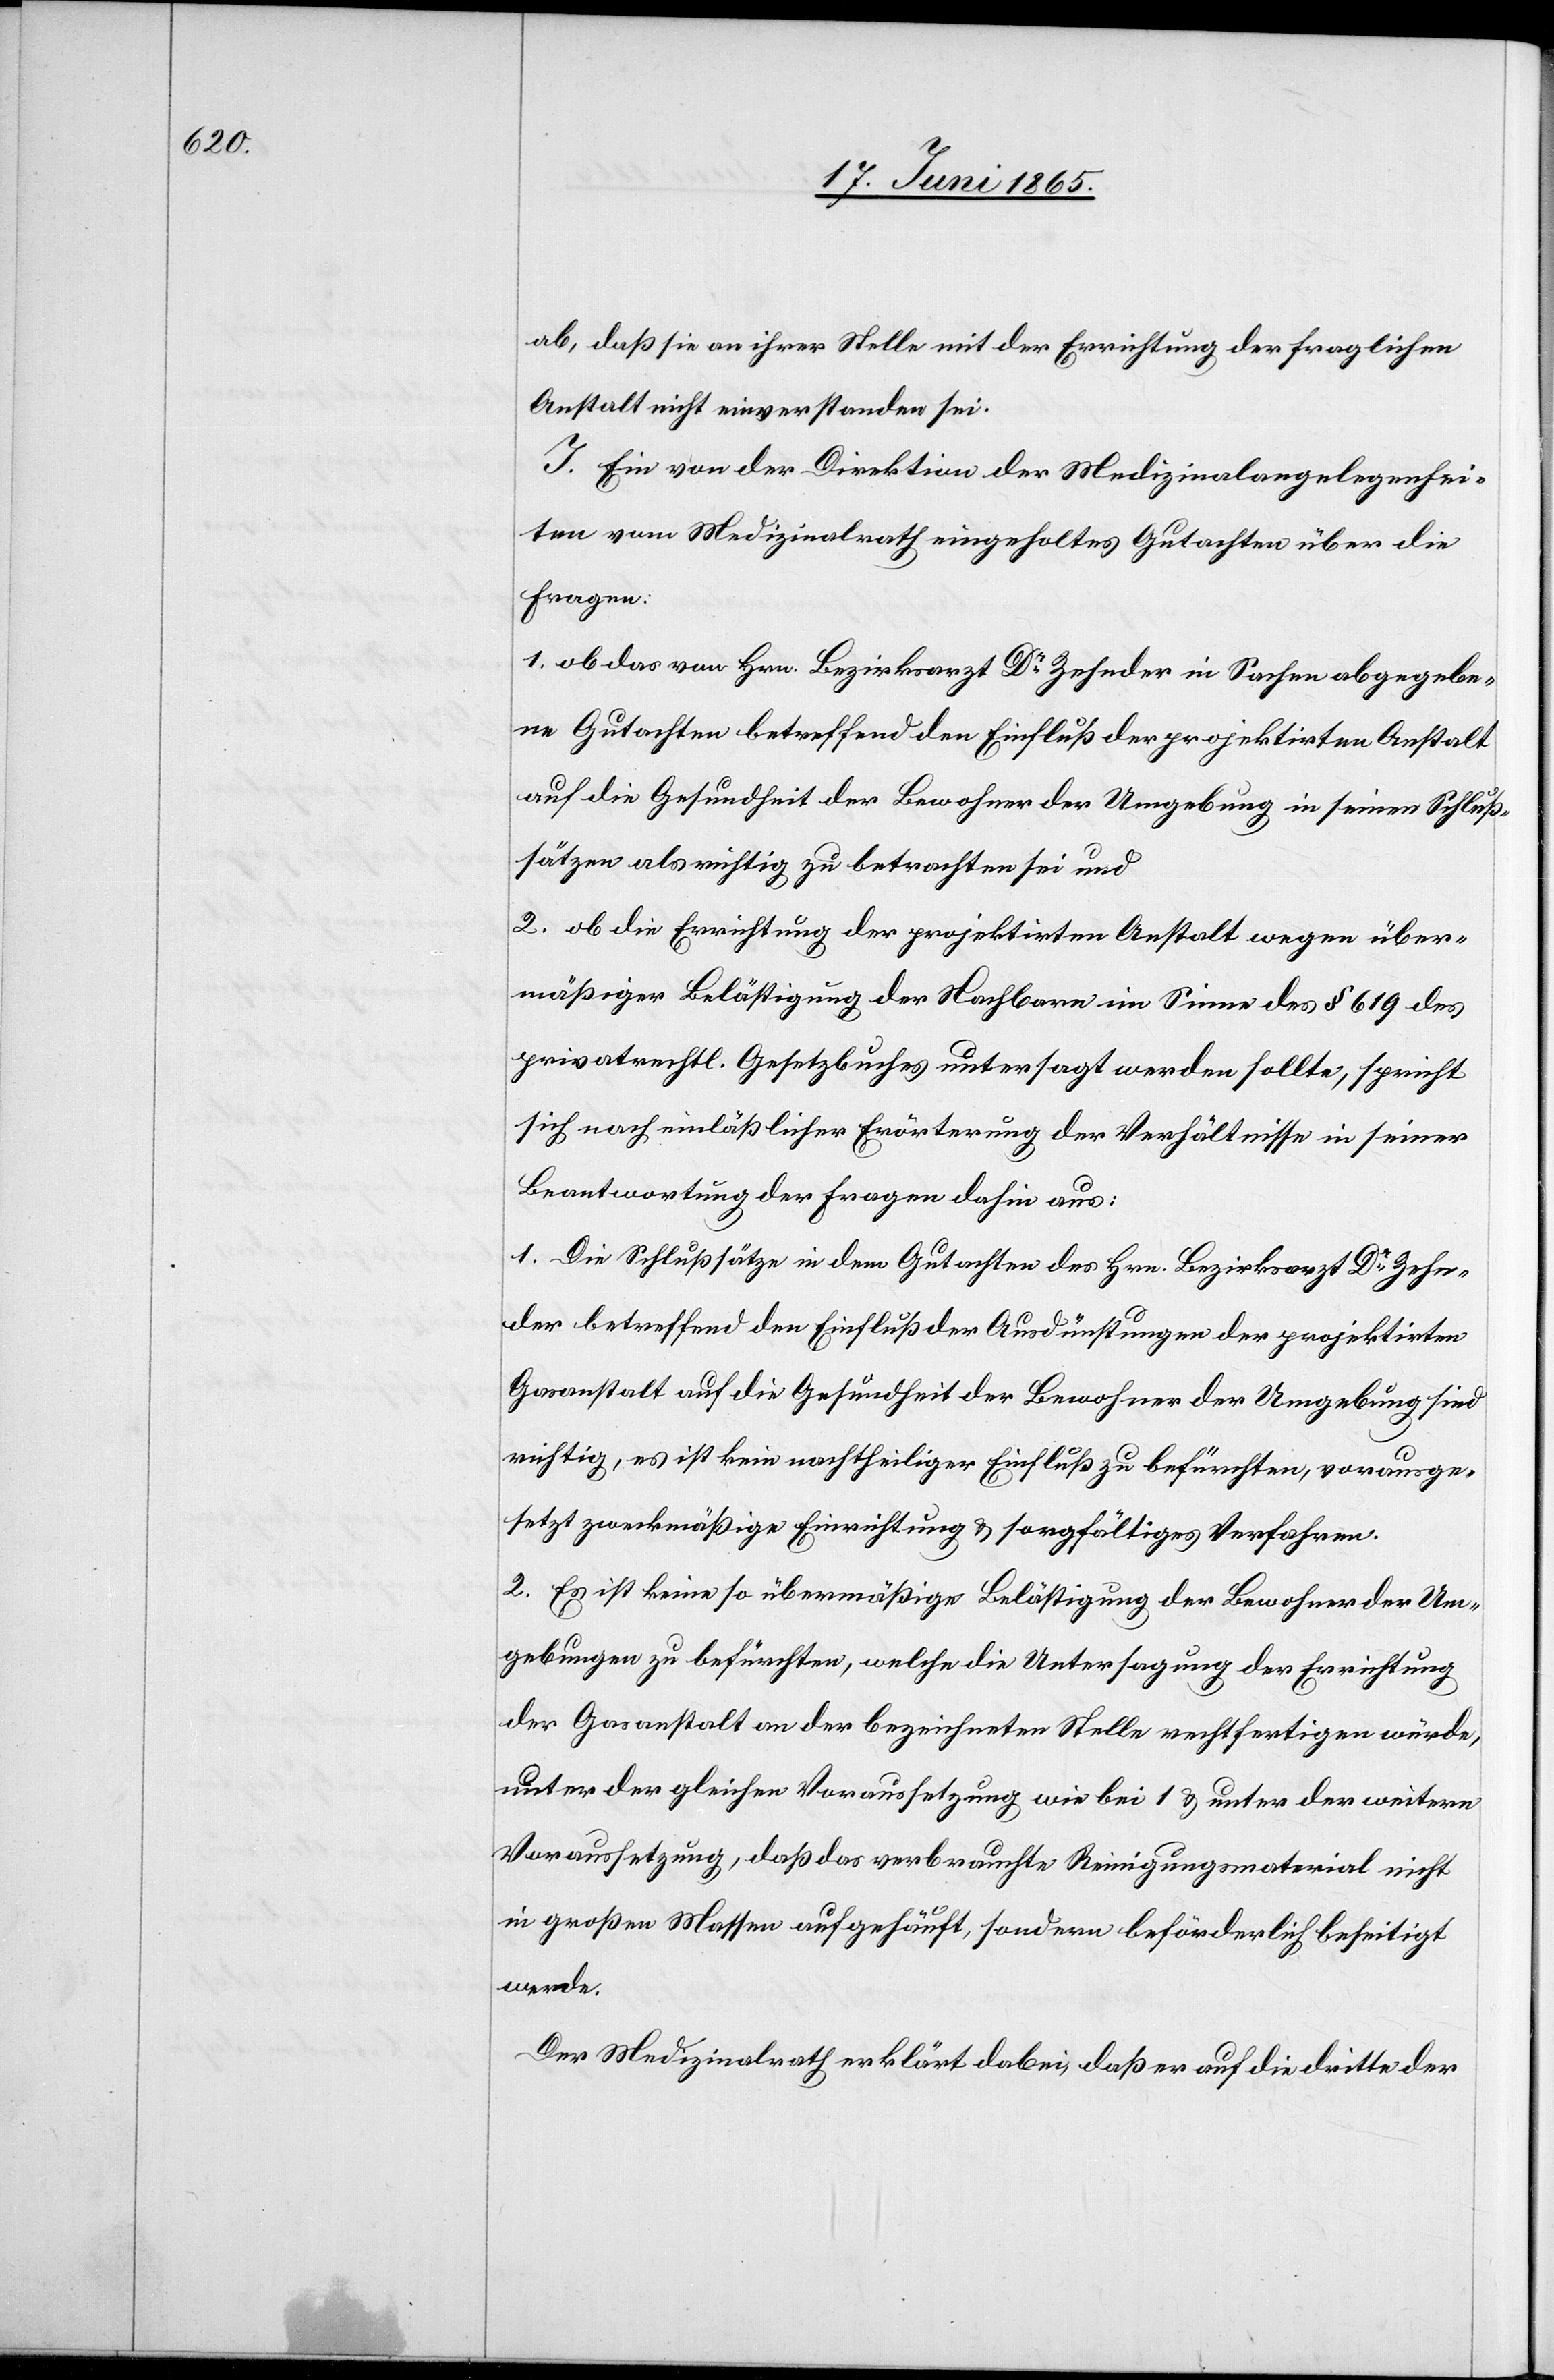
ab, daß sie an ihrer Stelle mit der Errichtung der fraglichen
Anstalt nicht einverstanden sei.
J. Ein von der Direktion der Medizinalangelegenhei¬
ten vom Medizinalrath eingeholtes Gutachten über die
Fragen:
1. ob das von Hrn. Bezirksarzt Dr Zehnder in Sachen abgegebe¬
ne Gutachten betreffend den Einfluß der projektirten Anstalt
auf die Gesundheit der Bewohner der Umgebung in seinen Schluß¬
sätzen als richtig zu betrachten sei und
2. ob die Errichtung der projektirten Anstalt wegen über¬
mäßiger Belästigung der Nachbarn im Sinne des § 619 des
privatrechtl. Gesetzbuches untersagt werden solle, spricht
sich nach einläßlicher Erörterung der Verhältnisse in seiner
Beantwortung der Fragen dahin aus:
1. Die Schlußsätze in dem Gutachten des Hrn. Bezirkarzt Dr Zehn¬
der betreffend den Einfluß der Ausdünstungen der projektirten
Gasanstalt auf die Gesundheit der Bewohner der Umgebung sind
richtig, es ist kein nachtheiliger Einfluß zu befürchten, vorausge¬
setzt zweckmäßige Einrichtungen & sorgfältiges Verfahren.
2. Es ist keine so übermäßige Belästigung der Bewohner der Um¬
gebungen zu befürchten, welche die Untersagung der Errichtung
der Gasanstalt an der bezeichneten Stelle rechtfertigen würde,
unter der gleichen Voraussetzung wie bei 1 & unter der weitern
Voraussetzung, daß das verbrauchte Reinigungsmaterial nicht
in großen Massen aufgehäuft, sondern beförderlich beseitigt
werde.
Der Medizinalrath erklärt dabei, daß er auf die dritte der